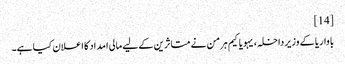
[14]
باواریا کے وزیر داخلہ، یہویاکیم ہرمن نے متاثرین کے لیے مالی امداد کا اعلان کیا ہے۔